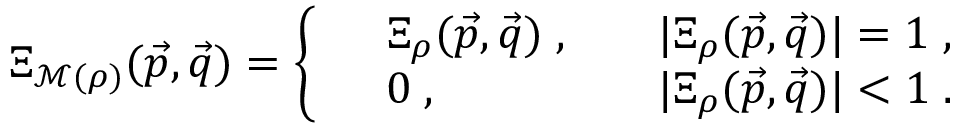
\begin{array} { r } { \Xi _ { \mathcal M ( \rho ) } ( \vec { p } , \vec { q } ) = \left\{ \begin{array} { r l r l } & { \Xi _ { \rho } ( \vec { p } , \vec { q } ) \; , } & & { | \Xi _ { \rho } ( \vec { p } , \vec { q } ) | = 1 \; , } \\ & { 0 \; , } & & { | \Xi _ { \rho } ( \vec { p } , \vec { q } ) | < 1 \; . } \end{array} \right. } \end{array}